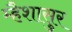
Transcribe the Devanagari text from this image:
म्हैशासुर